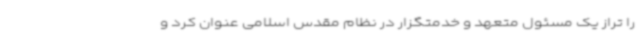
را تراز یک مسئول متعهد و خدمتگزار در نظام مقدس اسلامی عنوان کرد و